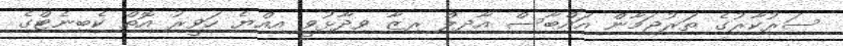
ސަރުކާރުގެ ތަރުޖަމާން އައްބާސް އާދިލް ރިޒާ ވިދާޅުވީ އިއްޔެ ހަވީރު އޮތް ކެބިނެޓްގެ